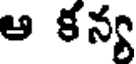
ఆ కన్య